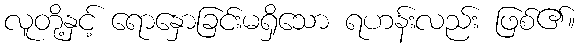
လူတို့နှင့် ရောနှောခြင်းမရှိသော ရဟန်းလည်း ဖြစ်၏။